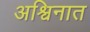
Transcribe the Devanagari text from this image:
अश्विनात